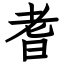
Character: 耆